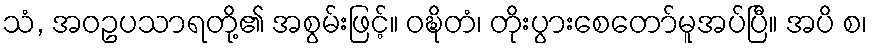
သံ, အဝဥပသာရတို့၏ အစွမ်းဖြင့်။ ဝဍ္ဎိတံ၊ တိုးပွားစေတော်မူအပ်ပြီ။ အပိ စ၊